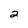
Character: 2